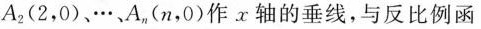
A_{2}(2，0)、···A_{n}(n，0)作x轴的垂线，与反比例函